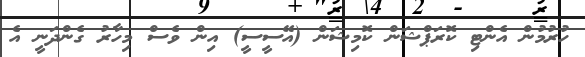
ހުރުމުން އެންޓި ކޮރަޕްޝަން ކޮމިޝަން (އޭސީސީ) އިން ވެސް މިހާރު ގެންދަނީ އެ